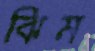
ঝিম